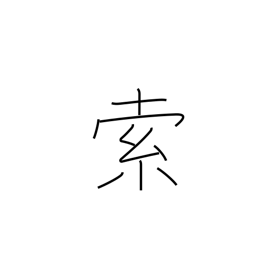
Meaning: searching